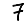
Digit: 7